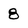
Character: 8